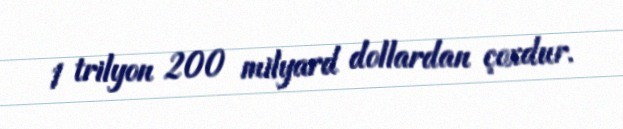
1 trilyon 200 milyard dollardan çoxdur.